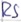
Text: RS